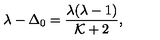
\lambda - \Delta _ { 0 } = { \frac { \lambda ( \lambda - 1 ) } { { \cal K } + 2 } } ,